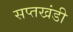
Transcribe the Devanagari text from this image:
सप्तखंडी